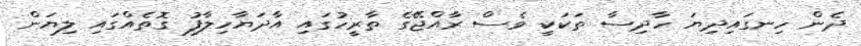
ދެން ހިނގައިދިޔަ ހާދިސާ ތަކަކީ ވެސް ރާއްޖޭގެ ތާރީހުގައި އާދަޔާހިލާފު ގޮތެއްގައި ލިޔަން